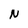
Character: N